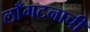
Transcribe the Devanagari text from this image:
लाँगटनाची